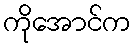
ကိုအောင်က